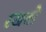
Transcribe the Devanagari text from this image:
रखतो